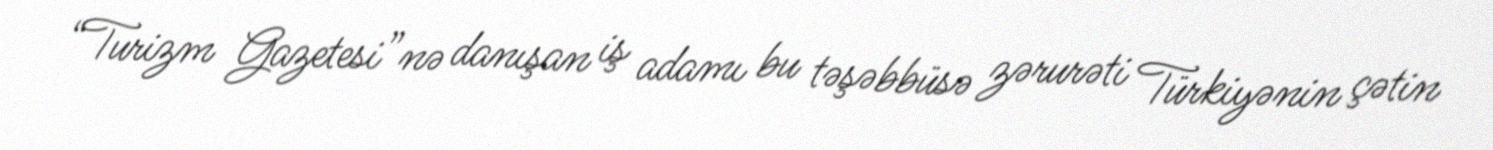
“Turizm Gazetesi”nə danışan iş adamı bu təşəbbüsə zərurəti Türkiyənin çətin